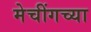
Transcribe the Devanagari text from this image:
मेचींगच्या